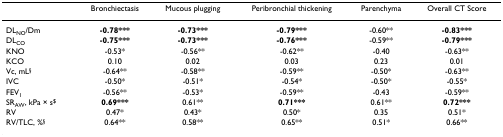
<table><thead><tr><td></td><td><b>Bronchiectasis</b></td><td><b>Mucous plugging</b></td><td><b>Peribronchial thickening</b></td><td><b>Parenchyma</b></td><td><b>Overall CT Score</b></td></tr></thead><tbody><tr><td>DL<sub>NO</sub>/Dm</td><td><b>-0.78***</b></td><td><b>-0.73***</b></td><td><b>-0.79***</b></td><td>-0.60**</td><td><b>-0.83***</b></td></tr><tr><td>DL<sub>CO</sub></td><td><b>-0.75***</b></td><td><b>-0.73***</b></td><td><b>-0.76***</b></td><td>-0.59**</td><td><b>-0.79***</b></td></tr><tr><td>KNO</td><td>-0.53*</td><td>-0.56**</td><td>-0.62**</td><td>-0.40</td><td>-0.63**</td></tr><tr><td>KCO</td><td>0.10</td><td>0.02</td><td>0.03</td><td>0.23</td><td>0.01</td></tr><tr><td>Vc, mL<sup>§</sup></td><td>-0.64**</td><td>-0.58**</td><td>-0.59**</td><td>-0.50*</td><td>-0.63**</td></tr><tr><td>IVC</td><td>-0.50*</td><td>-0.51*</td><td>-0.54*</td><td>-0.50*</td><td>-0.55*</td></tr><tr><td>FEV<sub>1</sub></td><td>-0.56**</td><td>-0.53*</td><td>-0.59**</td><td>-0.43</td><td>-0.59**</td></tr><tr><td>SR<sub>AW</sub>, kPa × s<sup>$</sup></td><td><b>0.69***</b></td><td>0.61**</td><td><b>0.71***</b></td><td>0.61**</td><td><b>0.72***</b></td></tr><tr><td>RV</td><td>0.47*</td><td>0.43*</td><td>0.50*</td><td>0.35</td><td>0.51*</td></tr><tr><td>RV/TLC, %<sup>§</sup></td><td>0.64**</td><td>0.58**</td><td>0.65**</td><td>0.51*</td><td>0.66**</td></tr></tbody></table>